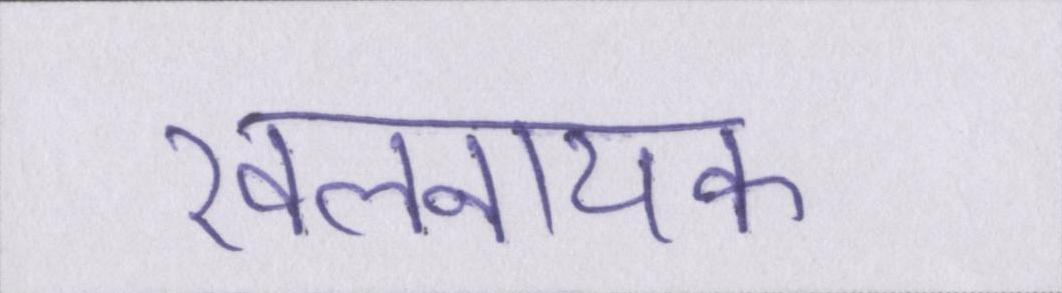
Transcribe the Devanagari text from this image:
खलनायक